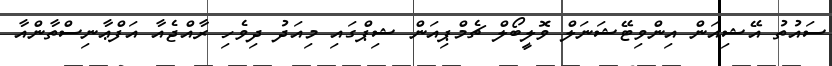
ސައުތު އޭޝިއަން އިންވިޓޭޝަނަލް ވޮލީބޯލް ޗެމްޕިއަން ޝިޕްގައި މިއަދު ދިވެހި ރާއްޖެއާ އަފްޢާނިސްތާންއާ